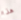
هذا